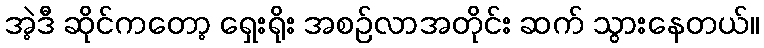
အဲ့ဒီ ဆိုင်ကတော့ ရှေးရိုး အစဉ်လာအတိုင်း ဆက် သွားနေတယ်။